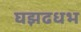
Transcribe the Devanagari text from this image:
घझढधभ